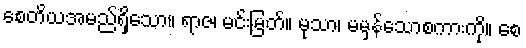
စေတိယအမည်ရှိသော။ ရာဇ၊ မင်းမြတ်။ မုသာ၊ မမှန်သောစကားကို။ စေ